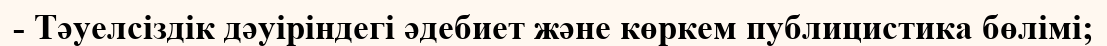
- Тәуелсіздік дәуіріндегі әдебиет және көркем публицистика бөлімі;